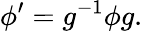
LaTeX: \phi^{\prime}=g^{-1}\phi g.